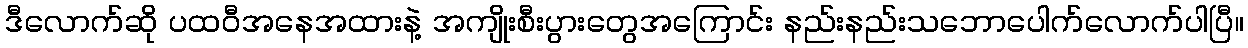
ဒီလောက်ဆို ပထဝီအနေအထားနဲ့ အကျိုးစီးပွားတွေအကြောင်း နည်းနည်းသဘောပေါက်လောက်ပါပြီ။